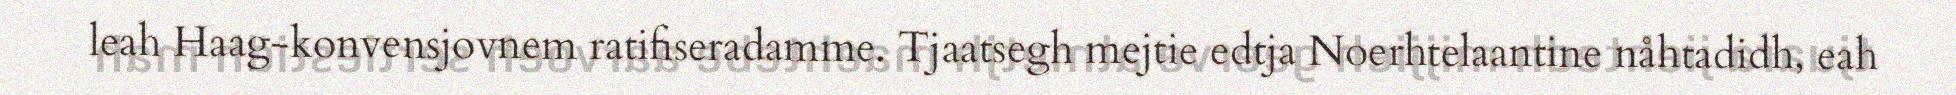
leah Haag-konvensjovnem ratifiseradamme. Tjaatsegh mejtie edtja Noerhtelaantine nåhtadidh, eah